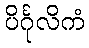
ပိင်္ဂုလိကံ